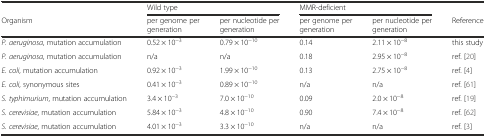
<table><thead><tr><td></td><td colspan="2"><b>Wild type</b></td><td colspan="2"><b>MMR-deficient</b></td><td></td></tr><tr><td><b>Organism</b></td><td><b>per genome per generation</b></td><td><b>per nucleotide per generation</b></td><td><b>per genome per generation</b></td><td><b>per nucleotide per generation</b></td><td><b>Reference</b></td></tr></thead><tbody><tr><td><i>P. aeruginosa</i>, mutation accumulation</td><td>0.52 × 10<sup>−3</sup></td><td>0.79 × 10<sup>−10</sup></td><td>0.14</td><td>2.11 × 10<sup>−8</sup></td><td>this study</td></tr><tr><td><i>P. aeruginosa</i>, mutation accumulation</td><td>n/a</td><td>n/a</td><td>0.18</td><td>2.95 × 10<sup>−8</sup></td><td>ref. [20]</td></tr><tr><td><i>E. coli</i>, mutation accumulation</td><td>0.92 × 10<sup>−3</sup></td><td>1.99 × 10<sup>−10</sup></td><td>0.13</td><td>2.75 × 10<sup>−8</sup></td><td>ref. [4]</td></tr><tr><td><i>E. coli</i>, synonymous sites</td><td>0.41 × 10<sup>−3</sup></td><td>0.89 × 10<sup>−10</sup></td><td>n/a</td><td>n/a</td><td>ref. [61]</td></tr><tr><td><i>S. typhimurium</i>, mutation accumulation</td><td>3.4 × 10<sup>−3</sup></td><td>7.0 × 10<sup>−10</sup></td><td>0.09</td><td>2.0 × 10<sup>−8</sup></td><td>ref. [19]</td></tr><tr><td><i>S. cerevisiae</i>, mutation accumulation</td><td>5.84 × 10<sup>−3</sup></td><td>4.8 × 10<sup>−10</sup></td><td>0.90</td><td>7.4 × 10<sup>−8</sup></td><td>ref. [62]</td></tr><tr><td><i>S. cerevisiae</i>, mutation accumulation</td><td>4.01 × 10<sup>−3</sup></td><td>3.3 × 10<sup>−10</sup></td><td>n/a</td><td>n/a</td><td>ref. [3]</td></tr></tbody></table>